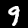
Digit: 9